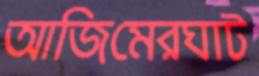
আজিমেরঘাট